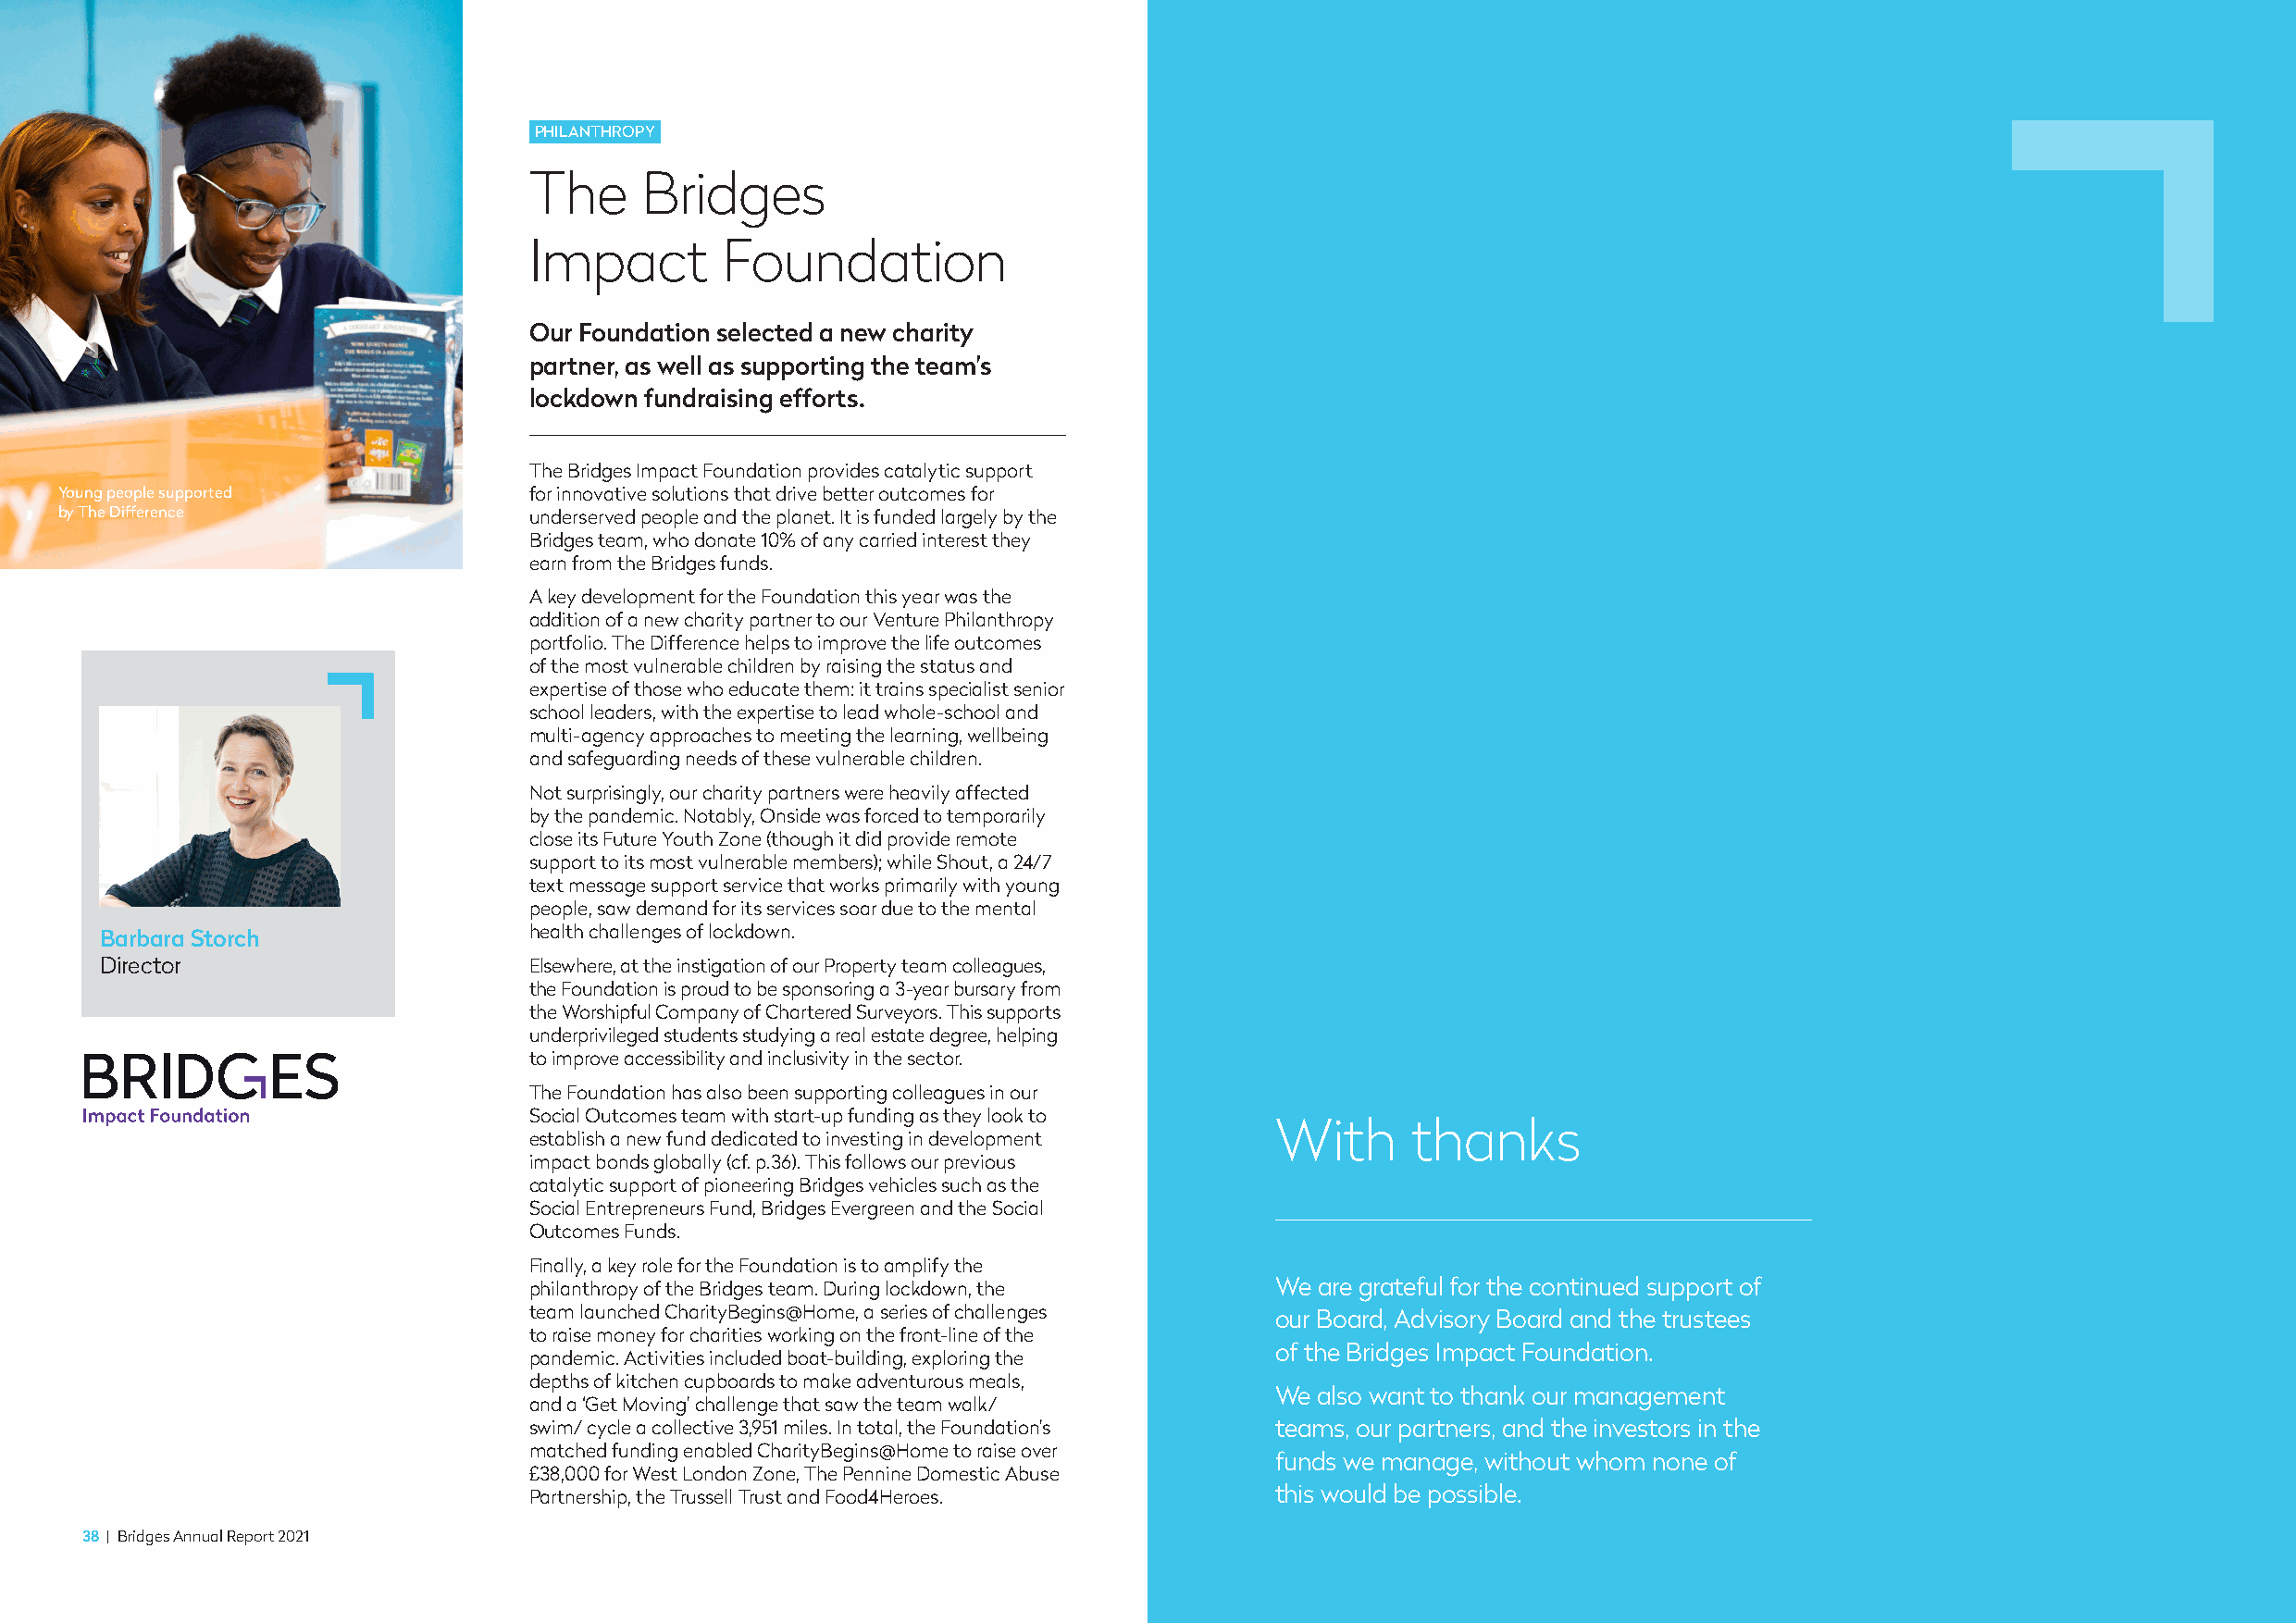
PHILANTHROPY
 The     Bridges
 Impact        Foundation
 Our Foundation selected a new charity
 partner, as well as supporting the team’s
 lockdown fundraising efforts.
 The Bridges Impact Foundation provides catalytic support
 Young people supported            for innovative solutions that drive better outcomes for
 by The Difference                 underserved people and the planet. It is funded largely by the
 Bridges team, who donate 10% of any carried interest they
 earn from the Bridges funds.
 A key development for the Foundation this year was the
 addition of a new charity partner to our Venture Philanthropy
 portfolio. The Difference helps to improve the life outcomes
 of the most vulnerable children by raising the status and
 expertise of those who educate them: it trains specialist senior
 school leaders, with the expertise to lead whole-school and
 multi-agency approaches to meeting the learning, wellbeing
 and safeguarding needs of these vulnerable children.
 Not surprisingly, our charity partners were heavily affected
 by the pandemic. Notably, Onside was forced to temporarily
 close its Future Youth Zone (though it did provide remote
 support to its most vulnerable members); while Shout, a 24/7
 text message support service that works primarily with young
 people, saw demand for its services soar due to the mental
 Barbara Storch                 health challenges of lockdown.
 Director                       Elsewhere, at the instigation of our Property team colleagues,
 the Foundation is proud to be sponsoring a 3-year bursary from
 the Worshipful Company of Chartered Surveyors. This supports
 underprivileged students studying a real estate degree, helping
 to improve accessibility and inclusivity in the sector.
 The Foundation has also been supporting colleagues in our
 Social Outcomes team with start-up funding as they look to
 With      thanks
 establish a new fund dedicated to investing in development
 impact bonds globally (cf. p.36). This follows our previous
 catalytic support of pioneering Bridges vehicles such as the
 Social Entrepreneurs Fund, Bridges Evergreen and the Social
 Outcomes Funds.
 Finally, a key role for the Foundation is to amplify the
 philanthropy of the Bridges team. During lockdown, the We are grateful for the continued support of
 team launched CharityBegins@Home, a series of challenges our Board, Advisory Board and the trustees
 to raise money for charities working on the front-line of the
 of the Bridges Impact Foundation.
 pandemic. Activities included boat-building, exploring the
 depths of kitchen cupboards to make adventurous meals,
 We also want to thank our management
 and a ‘Get Moving’ challenge that saw the team walk/
 swim/ cycle a collective 3,951 miles. In total, the Foundation’s teams, our partners, and the investors in the
 matched funding enabled CharityBegins@Home to raise over
 funds we manage, without whom none of
 £38,000 for West London Zone, The Pennine Domestic Abuse
 Partnership, the Trussell Trust and Food4Heroes.     this would be possible.
 38 | Bridges Annual Report 2021